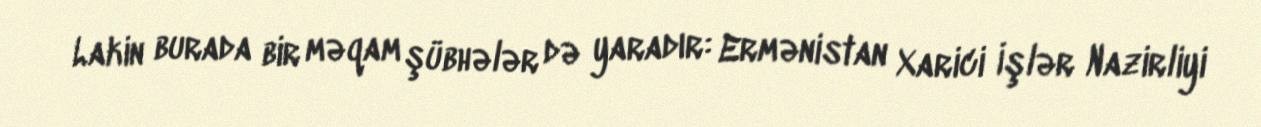
Lakin burada bir məqam şübhələr də yaradır: Ermənistan Xarici İşlər Nazirliyi